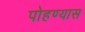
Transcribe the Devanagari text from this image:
पोहण्यास